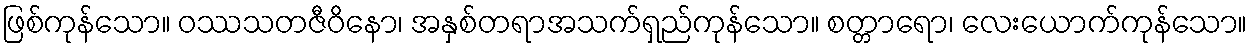
ဖြစ်ကုန်သော။ ဝဿသတဇီဝိနော၊ အနှစ်တရာအသက်ရှည်ကုန်သော။ စတ္တာရော၊ လေးယောက်ကုန်သော။